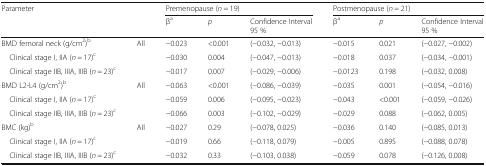
<table><thead><tr><td rowspan="2" colspan="2"><b>Parameter</b></td><td colspan="3"><b>Premenopause (<i>n</i> = 19)</b></td><td colspan="3"><b>Postmenopause (<i>n</i> = 21)</b></td></tr><tr><td><b>β<sup>a</sup></b></td><td><b><i>p</i></b></td><td><b>Confidence Interval95 %</b></td><td><b>β<sup>a</sup></b></td><td><b><i>p</i></b></td><td><b>Confidence Interval95 %</b></td></tr></thead><tbody><tr><td>BMD femoral neck (g/cm<sup>2</sup>)<sup>b</sup></td><td rowspan="3">All</td><td>−0.023</td><td>&lt;0.001</td><td>(−0.032, −0.013)</td><td>−0.015</td><td>0.021</td><td>(−0.027, −0.002)</td></tr><tr><td> Clinical stage I, IIA (<i>n</i> = 17)<sup>c</sup></td><td>−0.030</td><td>0.004</td><td>(−0.047, −0.013)</td><td>−0.018</td><td>0.037</td><td>(−0.034, −0.001)</td></tr><tr><td> Clinical stage IIB, IIIA, IIIB (<i>n</i> = 23)<sup>c</sup></td><td>−0.017</td><td>0.007</td><td>(−0.029, −0.006)</td><td>−0.0123</td><td>0.198</td><td>(−0.032, 0.008)</td></tr><tr><td>BMD L2-L4 (g/cm<sup>2</sup>)<sup>b</sup></td><td rowspan="3">All</td><td>−0.063</td><td>&lt;0.001</td><td>(−0.086, −0.039)</td><td>−0.035</td><td>0.001</td><td>(−0.054, −0.016)</td></tr><tr><td> Clinical stage I, IIA (<i>n</i> = 17)<sup>c</sup></td><td>−0.059</td><td>0.006</td><td>(−0.095, −0.023)</td><td>−0.043</td><td>&lt;0.001</td><td>(−0.059, −0.026)</td></tr><tr><td> Clinical stage IIB, IIIA, IIIB (<i>n</i> = 23)<sup>c</sup></td><td>−0.066</td><td>0.003</td><td>(−0.102, −0.029)</td><td>−0.029</td><td>0.088</td><td>(−0.062, 0.005)</td></tr><tr><td>BMC (kg)<sup>b</sup></td><td rowspan="3">All</td><td>−0.027</td><td>0.29</td><td>(−0.078, 0.025)</td><td>−0.036</td><td>0.140</td><td>(−0.085, 0.013)</td></tr><tr><td> Clinical stage I, IIA (<i>n</i> = 17)<sup>c</sup></td><td>−0.019</td><td>0.66</td><td>(−0.118, 0.079)</td><td>−0.005</td><td>0.895</td><td>(−0.088, 0.078)</td></tr><tr><td> Clinical stage IIB, IIIA, IIIB (<i>n</i> = 23)<sup>c</sup></td><td>−0.032</td><td>0.33</td><td>(−0.103, 0.038)</td><td>−0.059</td><td>0.078</td><td>(−0.126, 0.008)</td></tr></tbody></table>